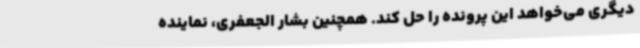
دیگری می‌خواهد این پرونده را حل کند. همچنین بشار الجعفری، نماینده